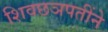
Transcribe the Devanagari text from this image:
शिवछञपतींने